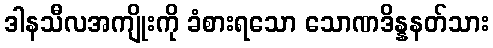
ဒါနသီလအကျိုးကို ခံစားရသော သောဏဒိန္နနတ်သား